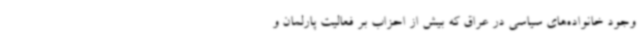
وجود خانواده‌های سیاسی در عراق که بیش از احزاب بر فعالیت پارلمان و